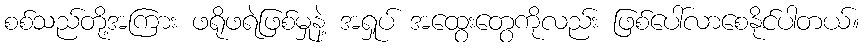
စစ်သည်တို့အကြား ဖရိုဖရဲဖြစ်မှုနဲ့ အရှုပ် အထွေးတွေကိုလည်း ဖြစ်ပေါ်လာစေနိုင်ပါတယ်။